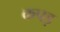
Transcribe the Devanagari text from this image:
कपड़